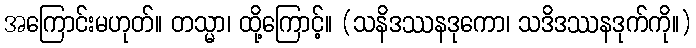
အကြောင်းမဟုတ်။ တသ္မာ၊ ထို့ကြောင့်။ (သနိဒဿနဒုကော၊ သဒိဒဿနဒုက်ကို။)